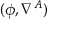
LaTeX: ( \phi , \nabla ^ { A } )